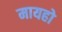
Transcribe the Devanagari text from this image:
मायहो